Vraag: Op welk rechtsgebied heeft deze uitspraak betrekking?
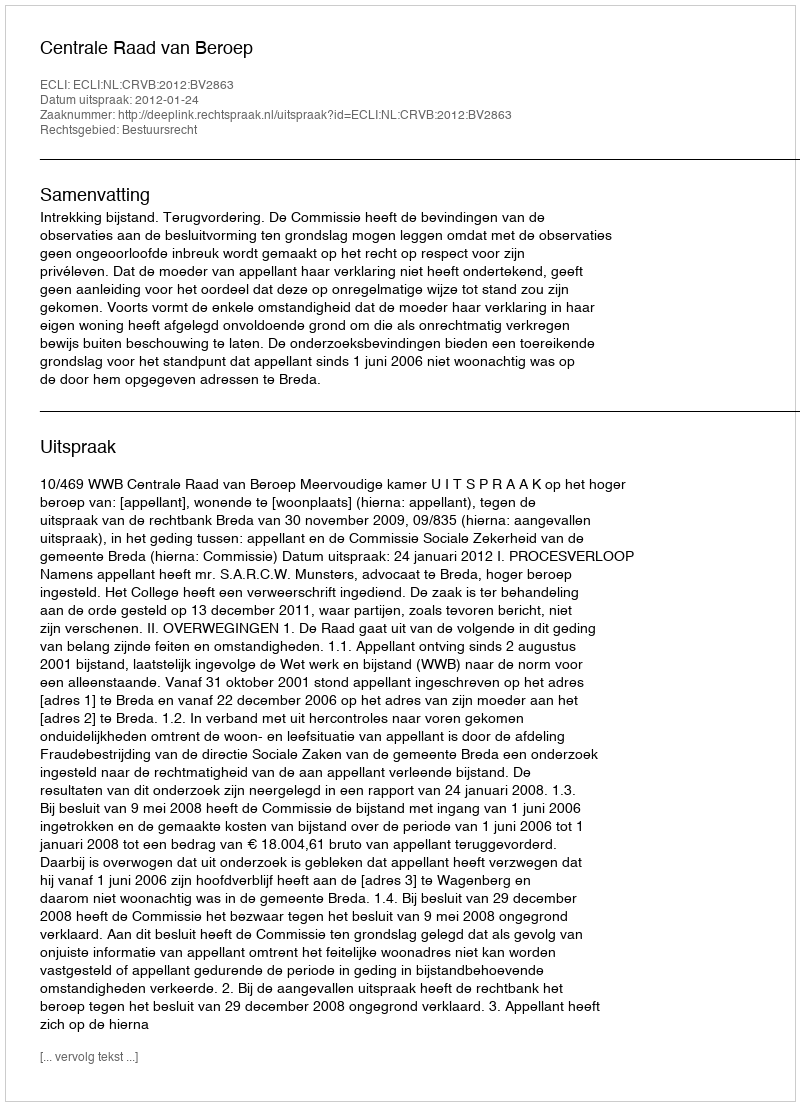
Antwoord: Bestuursrecht